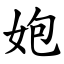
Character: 㚿